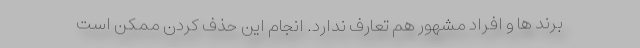
برند ها و افراد مشهور هم تعارف ندارد. انجام این حذف کردن ممکن است